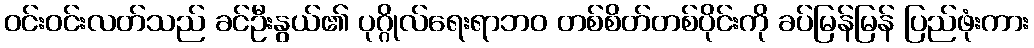
ဝင်းဝင်းလတ်သည် ခင်ဦးနွယ်၏ ပုဂ္ဂိုလ်ရေးရာဘဝ တစ်စိတ်တစ်ပိုင်းကို ခပ်မြန်မြန် ပြည်ဖုံးကား